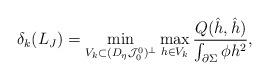
LaTeX: \begin{align*}\delta_k (L_J) &=\min_{V_k\subset (D_\eta\mathcal{J}_0^0)^{\perp}}\max_{h\in V_k} \frac{Q(\hat{h},\hat{h})}{\int_{\partial\Sigma} \phi h^2},\end{align*}